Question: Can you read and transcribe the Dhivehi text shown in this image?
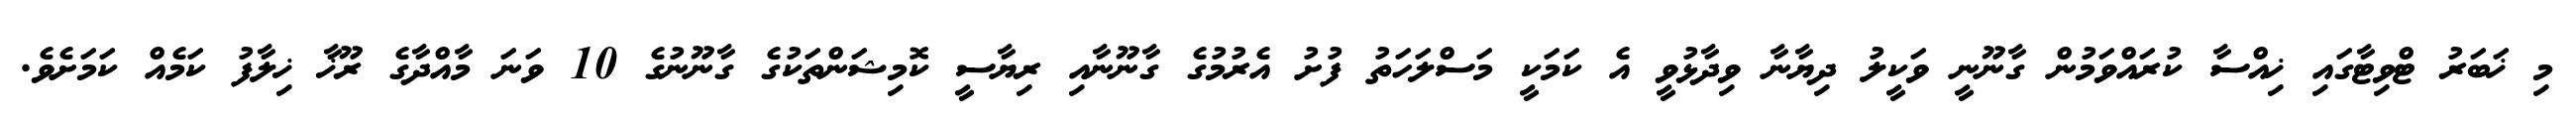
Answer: މި ޚަބަރު ޓްވިޓާގައި ޚިއްސާ ކުރައްވަމުން ގާނޫނީ ވަކީލު ދިޔާނާ ވިދާޅުވީ އެ ކަމަކީ މަސްލަހަތު ފުށު އެރުމުގެ ގާނޫނާއި ރިޔާސީ ކޮމިޝަންތަކުގެ ގާނޫނުގެ 10 ވަނަ މާއްދާގެ ރޫޚާ ޚިލާފު ކަމެއް ކަމަށެވެ.